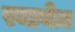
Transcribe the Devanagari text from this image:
रनावेज़